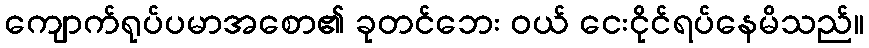
ကျောက်ရုပ်ပမာအစော၏ ခုတင်ဘေး ဝယ် ငေးငိုင်ရပ်နေမိသည်။